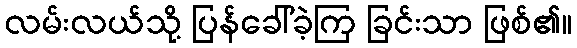
လမ်းလယ်သို့ ပြန်ခေါ်ခဲ့ကြ ခြင်းသာ ဖြစ်၏။